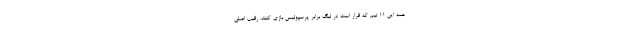
همه این ۱۱ تیم که قرار است در لیگ برابر پرسپولیس بازی کنند، رقیب اصلی